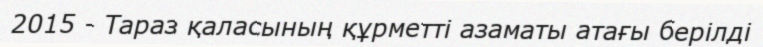
2015 - Тараз қаласының құрметті азаматы атағы берілді